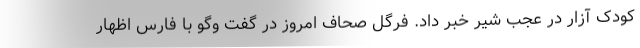
کودک آزار در عجب شیر خبر داد. فرگل صحاف امروز در گفت وگو با فارس اظهار